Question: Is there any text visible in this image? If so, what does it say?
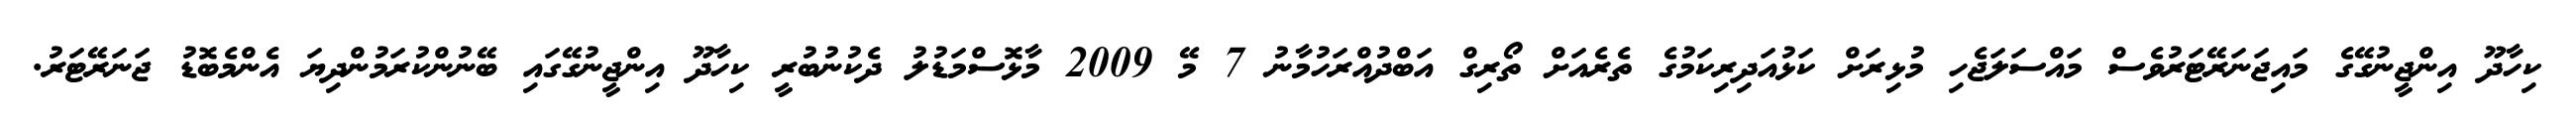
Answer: ކިހާދޫ އިންޖީނުގޭގެ މައިޖަނަރޭޓަރުވެސް މައްސަލަޖެހި މުޅިރަށް ކަޅުއަދިރިކަމުގެ ތެރެއަށް ތޯރިގް އަބްދުއްރަހުމާނު 7 މޭ 2009 މާޅޮސްމަޑުލު ދެކުނުބުރީ ކިހާދޫ އިންޖީނުގޭގައި ބޭނުންކުރަމުންދިޔަ އެންމެބޮޑު ޖަނަރޭޓަރު.